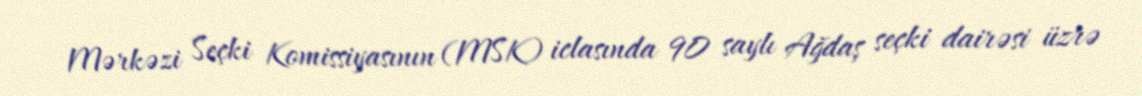
Mərkəzi Seçki Komissiyasının (MSK) iclasında 90 saylı Ağdaş seçki dairəsi üzrə